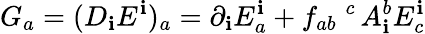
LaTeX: G_{a}=(D_{\mathbf{i}}E^{\mathbf{i}})_{a}=\partial_{\mathbf{i}}E_{a}^{\mathbf{i}}+f_{ab}\; ^{c}\, A_{\mathbf{i}}^{b}E_{c}^{\mathbf{i}}